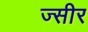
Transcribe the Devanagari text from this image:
ज्सीर